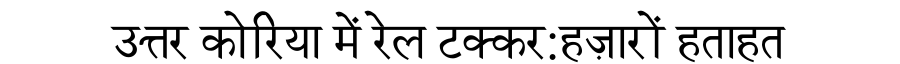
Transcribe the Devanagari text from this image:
उत्तर कोरिया में रेल टक्कर:हज़ारों हताहत